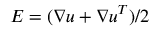
E = ( \nabla u + \nabla u ^ { T } ) / 2